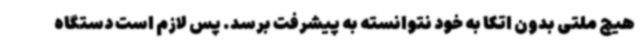
هیچ ملتی بدون اتکا به خود نتوانسته به پیشرفت‌ برسد. پس لازم است دستگاه